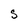
Character: 5